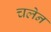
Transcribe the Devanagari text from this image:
चलेन